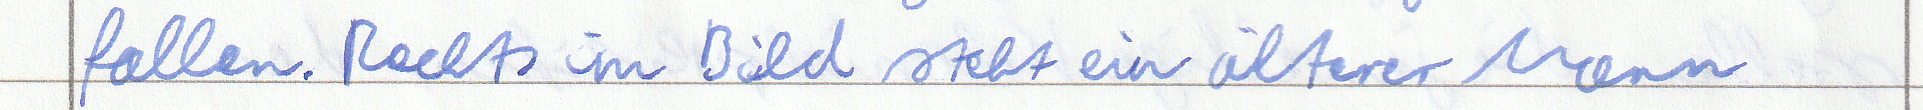
fallen. Rechts im Bild steht ein älterer Mann